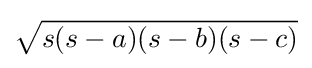
{\sqrt {s(s-a)(s-b)(s-c)}}